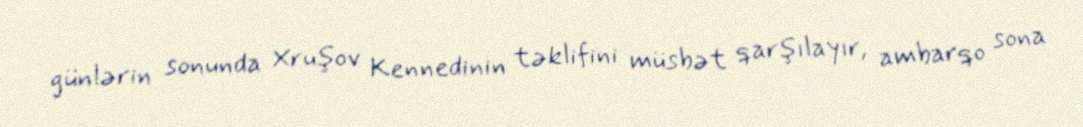
günlərin sonunda Xruşov Kennedinin təklifini müsbət qarşılayır, ambarqo sona